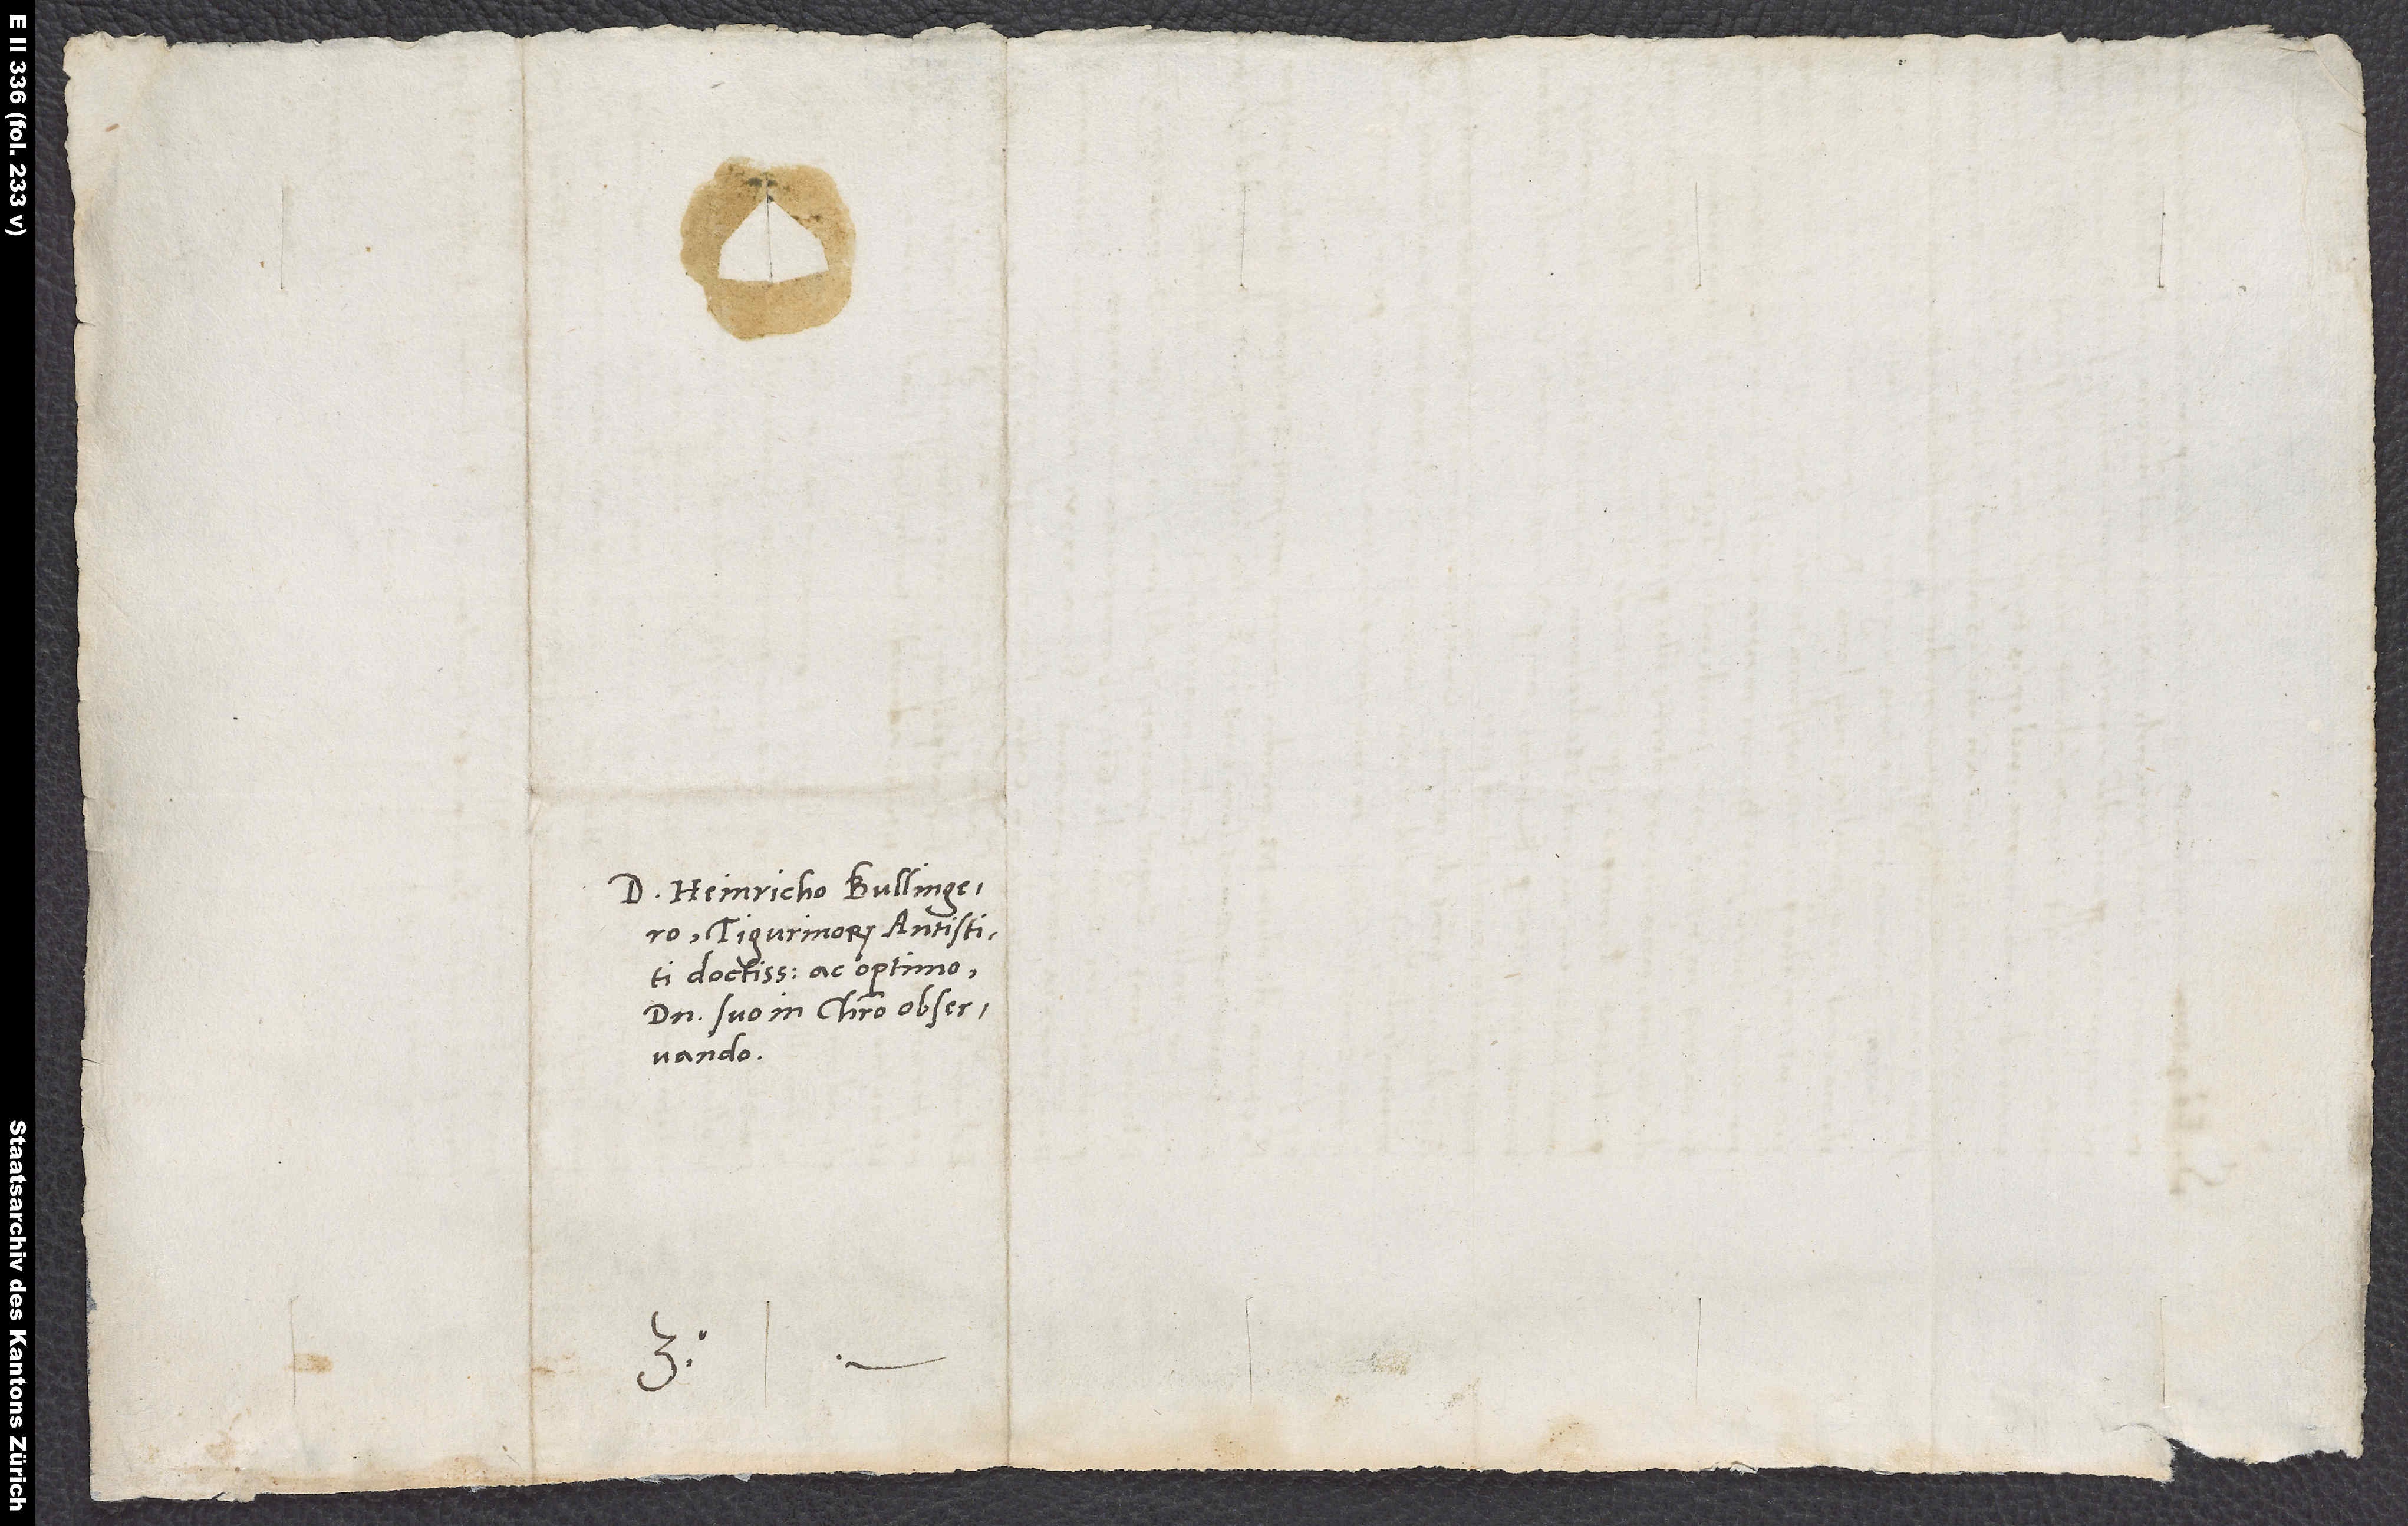
D. Heinricho Bullingero,
Tigurinorum antistiti
doctissimo ac optimo,
domino suo in Christo observando.